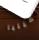
أميليا